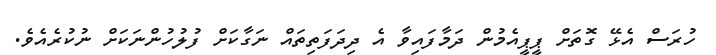
ހުރަސް އެޅޭ ގޮތަށް ޕީޕީއެމުން ދަމާފައިވާ އެ ދިދަފަތިތައް ނަގާކަށް ފުލުހުންނަކަށް ނުކުރެއެވެ.